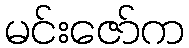
မင်းဇော်က